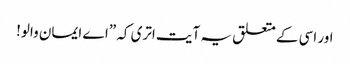
اور اسی کے متعلق یہ آیت اتری کہ ”اے ایمان والو!